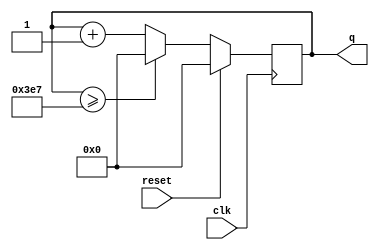
module top_module (
    input clk,
    input reset,
    output [9:0] q);

    reg [9:0] q_r;
    assign q = q_r;
    always @(posedge clk ) begin
        if(reset) begin
            q_r <= 0;
        end else begin
            if(q_r >= 999) begin
                q_r <= 0;
            end else begin
                q_r <= q_r + 1;
            end 
        end
    end
endmodule